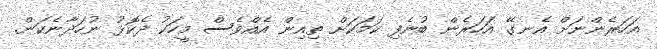
އަހަރެންނަށް އެނގޭ އަހަރެން ބުނެފި ކަމަކަށް ތިއިން އެއްވެސް މީހަކު ދެކޮޅު ނުހަދާނެކަން.